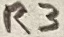
Text: R3